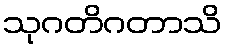
သုဂတိဂတာသိ